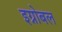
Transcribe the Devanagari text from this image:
इग्नोबल